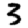
Digit: 3